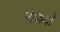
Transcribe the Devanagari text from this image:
नेकियाँ